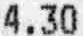
4.30